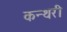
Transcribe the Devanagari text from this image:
कन्थरी